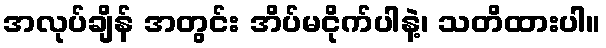
အလုပ်ချိန် အတွင်း အိပ်မငိုက်ပါနဲ့၊ သတိထားပါ။